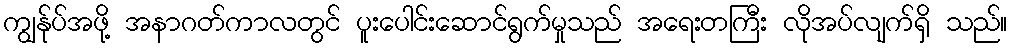
ကျွန်ုပ်အဖို့ အနာဂတ်ကာလတွင် ပူးပေါင်းဆောင်ရွက်မှုသည် အရေးတကြီး လိုအပ်လျက်ရှိ သည်။